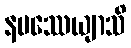
နမဿေယျာသိ